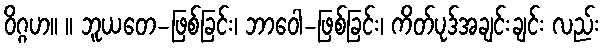
ဝိဂ္ဂဟ။ ။ ဘူယတေ-ဖြစ်ခြင်း၊ ဘာဝေါ-ဖြစ်ခြင်း၊ ကိတ်ပုဒ်အချင်းချင်း လည်း